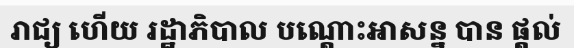
រាជ្យ ហើយ រដ្ឋាភិបាល បណ្តោះអាសន្ន បាន ផ្តល់